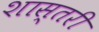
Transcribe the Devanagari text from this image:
शास्तरी